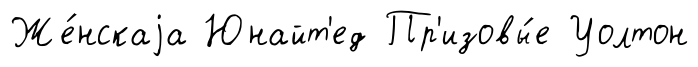
Же́нскаjа Юнайт'ед Пр'изовы́е Уолтон